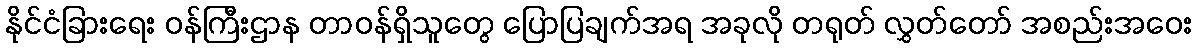
နိုင်ငံခြားရေး ဝန်ကြီးဌာန တာဝန်ရှိသူတွေ ပြောပြချက်အရ အခုလို တရုတ် လွှတ်တော် အစည်းအဝေး